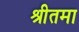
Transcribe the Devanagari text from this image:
श्रीतमा